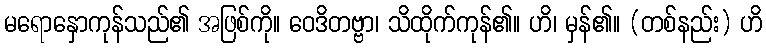
မရောနှောကုန်သည်၏ အဖြစ်ကို။ ဝေဒိတဗ္ဗာ၊ သိထိုက်ကုန်၏။ ဟိ၊ မှန်၏။ (တစ်နည်း) ဟိ